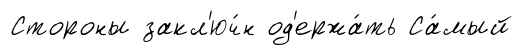
Стороны закл'юч́н од'ержа́ть Са́мый